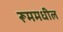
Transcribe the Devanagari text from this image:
रूममधील